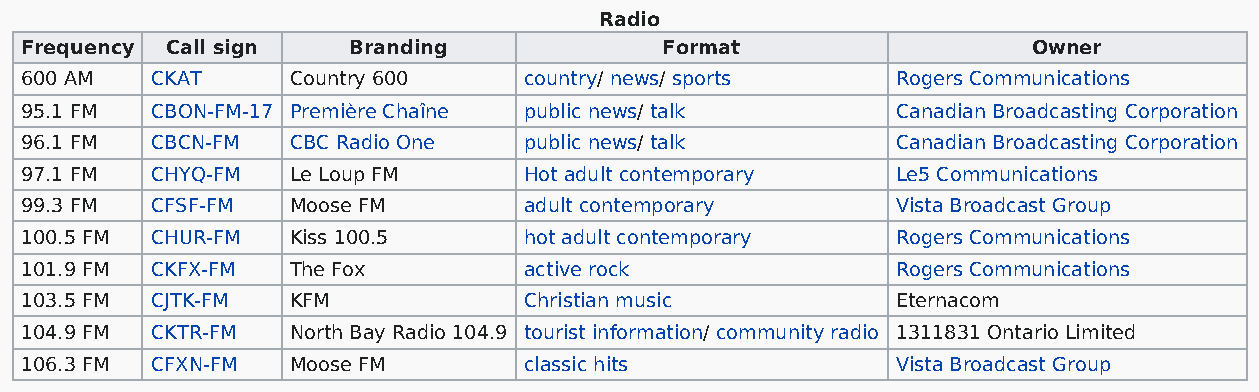
Radio
 Frequency Call sign   Branding             Format                  Owner
 600 AM   CKAT     Country 600     country/ news/ sports   Rogers Communications
 95.1 FM  CBON-FM-17 Première Chaîne public news/ talk     Canadian Broadcasting Corporation
 96.1 FM  CBCN-FM  CBC Radio One   public news/ talk       Canadian Broadcasting Corporation
 97.1 FM  CHYQ-FM  Le Loup FM      Hot adult contemporary  Le5 Communications
 99.3 FM  CFSF-FM  Moose FM        adult contemporary      Vista Broadcast Group
 100.5 FM CHUR-FM  Kiss 100.5      hot adult contemporary  Rogers Communications
 101.9 FM CKFX-FM  The Fox         active rock             Rogers Communications
 103.5 FM CJTK-FM  KFM             Christian music         Eternacom
 104.9 FM CKTR-FM  North Bay Radio 104.9 tourist information/ community radio 1311831 Ontario Limited
 106.3 FM CFXN-FM  Moose FM        classic hits            Vista Broadcast Group